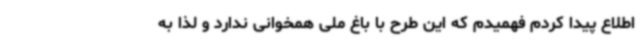
اطلاع پیدا کردم فهمیدم که این طرح با باغ ملی همخوانی ندارد و لذا به